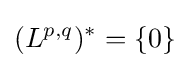
(L^{p,q})^{*}=\{0\}